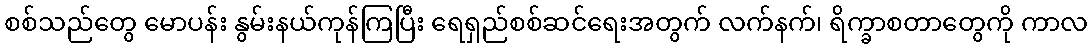
စစ်သည်တွေ မောပန်း နွမ်းနယ်ကုန်ကြပြီး ရေရှည်စစ်ဆင်ရေးအတွက် လက်နက်၊ ရိက္ခာစတာတွေကို ကာလ